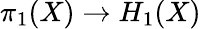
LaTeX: \pi_{1}(X)\to H_{1}(X)